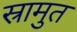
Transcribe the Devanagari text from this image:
स्रामुत